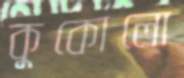
কুকোলো